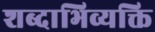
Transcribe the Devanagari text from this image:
शब्दाभिव्यक्ति